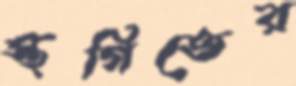
স্থগিতের